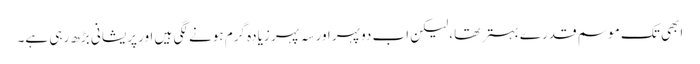
ابھی تک موسم قدرے بہتر تھا ،لیکن اب دوپہر اور سہ پہر زیادہ گرم ہونے لگی ہیں اور پریشانی بڑھ رہی ہے۔